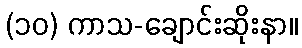
(၁၀) ကာသ-ချောင်းဆိုးနာ။